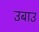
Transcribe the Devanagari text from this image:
उबाउ